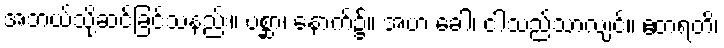
အဘယ်သို့ဆင်ခြင်သနည်း။ ပစ္ဆာ၊ နောက်၌။ အဟံ ခေါ၊ ငါသည်သာလျင်။ ဧတရတိ၊